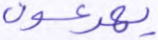
يهرعون